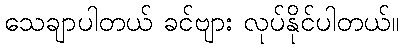
သေချာပါတယ် ခင်ဗျား လုပ်နိုင်ပါတယ်။